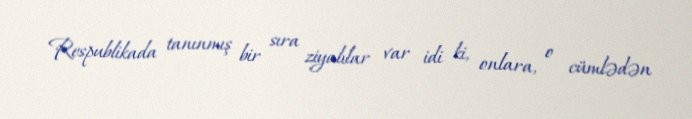
Respublikada tanınmış bir sıra ziyalılar var idi ki, onlara, o cümlədən